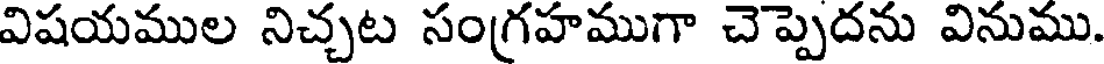
విషయముల నిచ్చట సంగ్రహముగా చెప్పెదను వినుము.